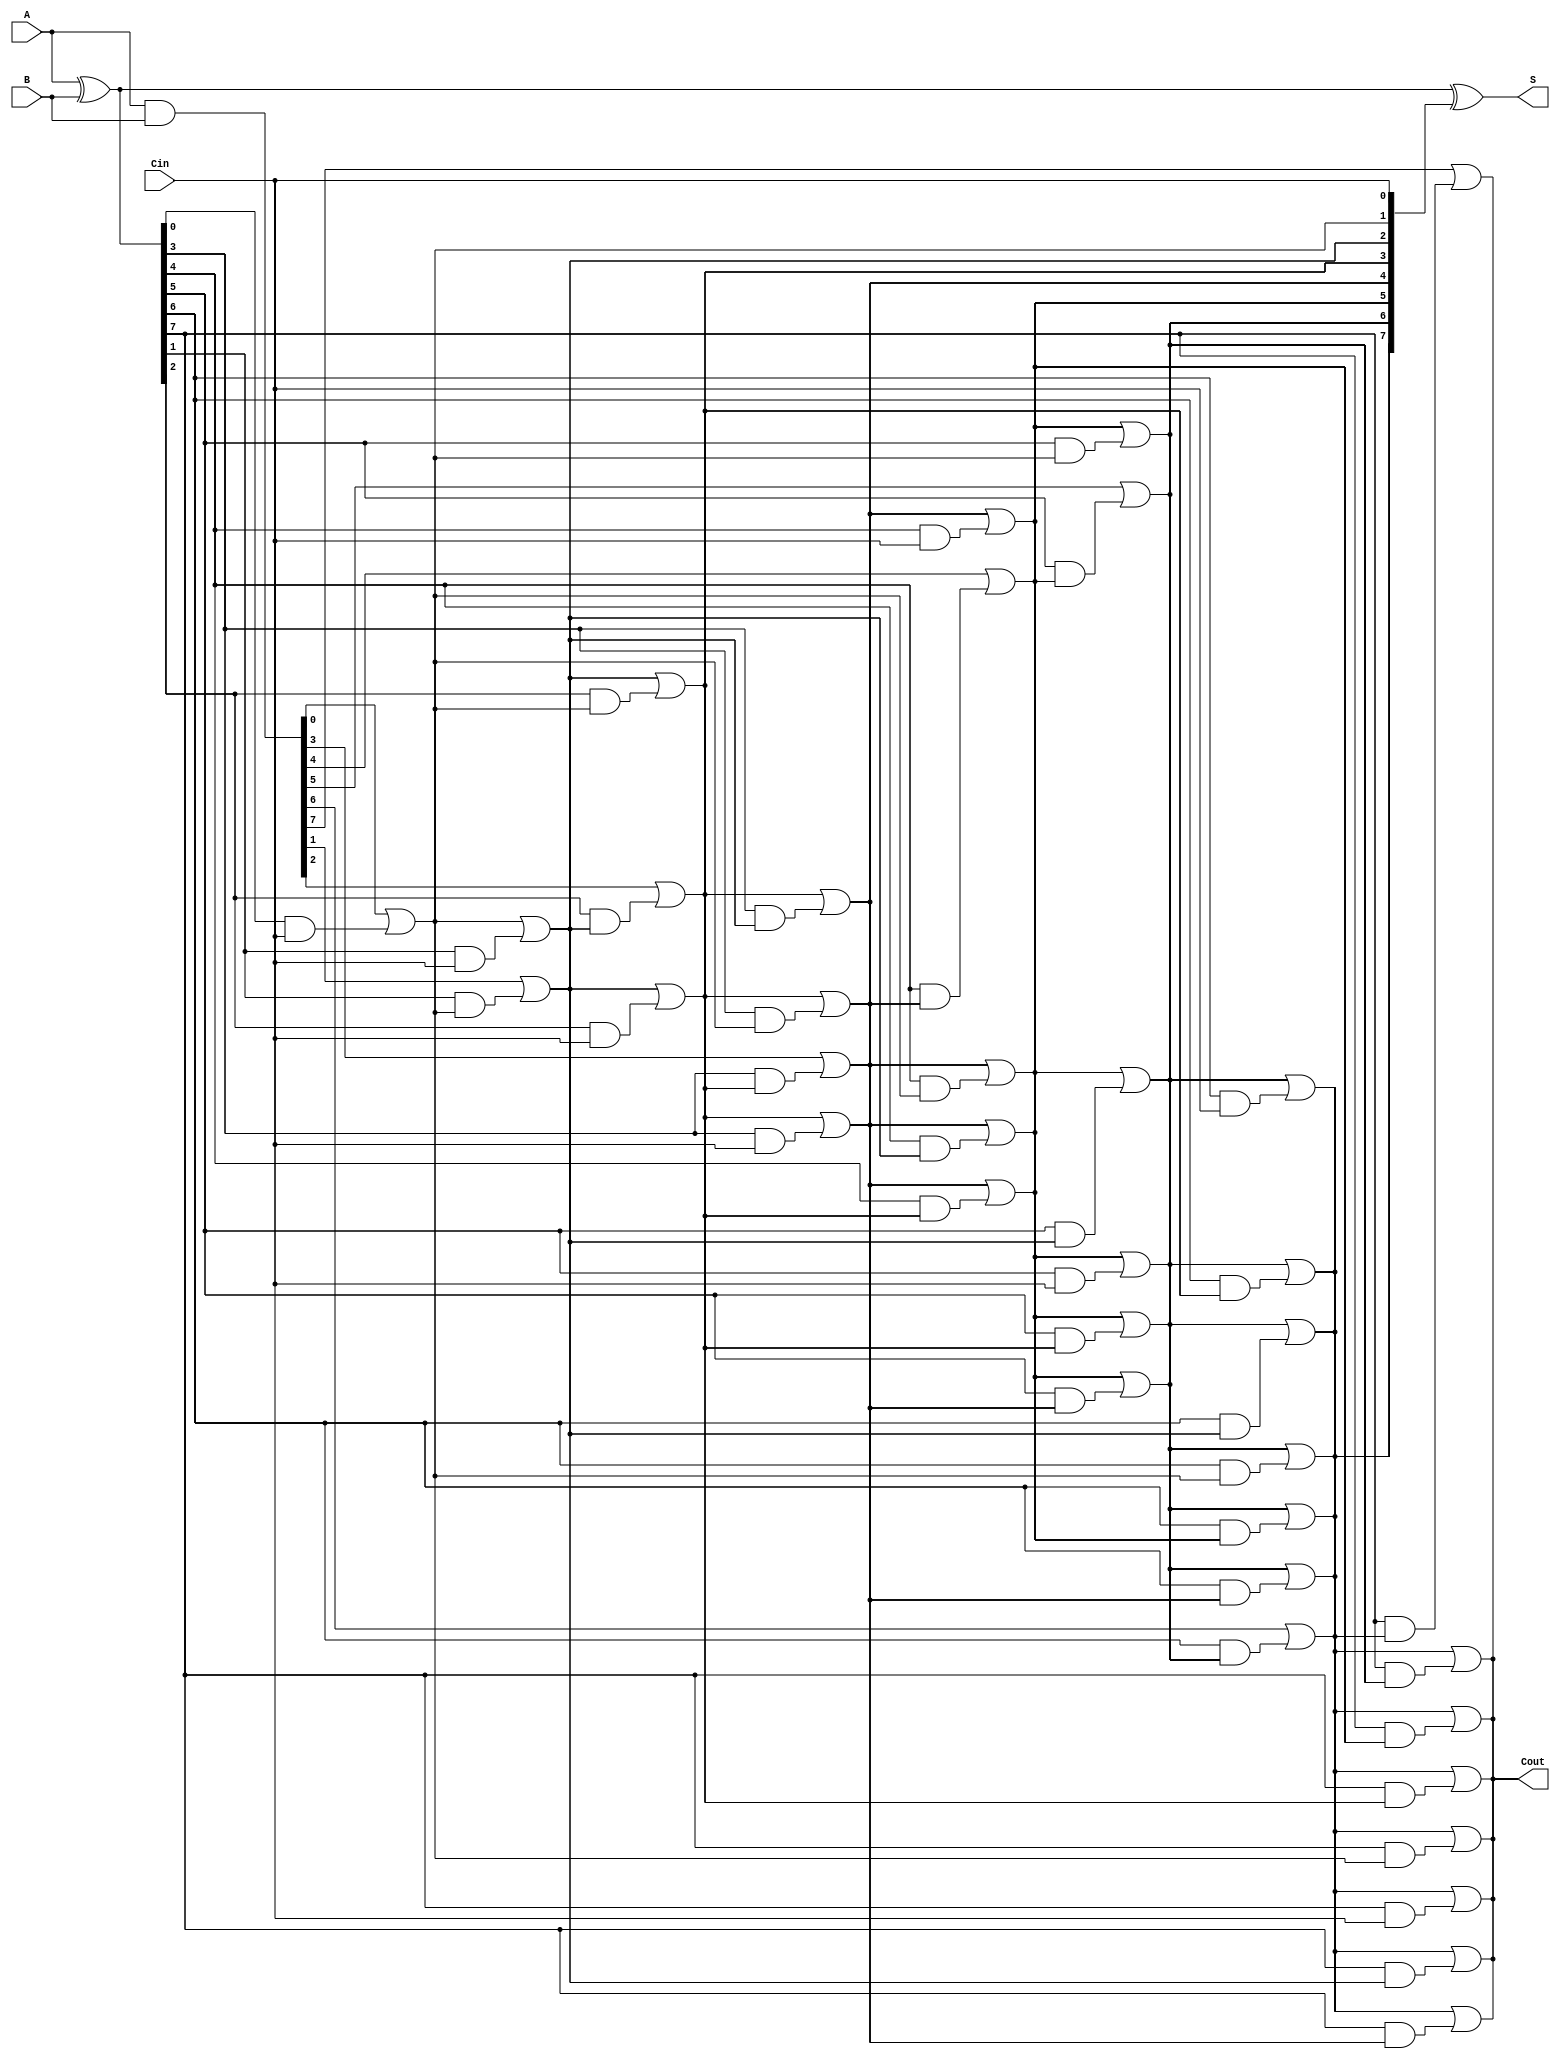
module ParallelPrefixAdder #(
    parameter n = 8  // Width of the input binary numbers
)(
    input  [n-1:0] A,      // First input
    input  [n-1:0] B,      // Second input
    input         Cin,      // Carry-in
    output [n-1:0] S,      // Sum output
    output        Cout      // Carry-out
);

    // Generate and Propagate signals
    wire [n-1:0] G; // Generate
    wire [n-1:0] P; // Propagate
    wire [n:0] C;    // Carry signals

    // Generate and Propagate calculations
    assign G = A & B;          // G[i] = A[i] & B[i]
    assign P = A ^ B;          // P[i] = A[i] ^ B[i]

    // Carry signals initialization
    assign C[0] = Cin;         // C[0] = Cin

    // Kogge-Stone Prefix Network for carry generation
    genvar i, j;
    generate
        // Level 1
        for (i = 0; i < n; i = i + 1) begin : level1
            if (i == 0) begin
                assign C[i+1] = G[i] | (P[i] & C[i]);
            end else begin
                assign C[i+1] = G[i] | (P[i] & C[i]);
            end
        end

        // Level 2
        for (j = 1; j < n; j = j + 1) begin : level2
            for (i = 0; i < n - j; i = i + 1) begin : level3
                assign C[i+j+1] = C[i+j] | (P[i+j] & C[i]);
            end
        end
    endgenerate

    // Sum calculation
    assign S = P ^ C[n-1:0]; // S[i] = P[i] ^ C[i]

    // Final carry-out
    assign Cout = C[n];

endmodule